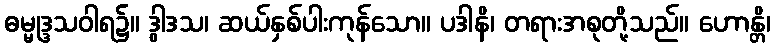
ဓမ္မုဒ္ဒသဝါရ၌။ ဒွါဒသ၊ ဆယ်နှစ်ပါးကုန်သော။ ပဒါနိ၊ တရားအစုတို့သည်။ ဟောန္တိ၊